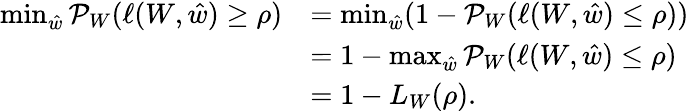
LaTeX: \begin{array}{rl}{\operatorname*{min}_{\hat{w}}\mathcal{P}_{W}(\ell(W,\hat{w})\geq\rho)}&{=\operatorname*{min}_{\hat{w}}(1-\mathcal{P}_{W}(\ell(W,\hat{w})\leq\rho))}\\ &{=1-\operatorname*{max}_{\hat{w}}\mathcal{P}_{W}(\ell(W,\hat{w})\leq\rho)}\\ &{=1-L_{W}(\rho).}\end{array}